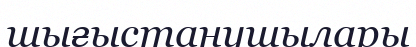
шығыстанушылары